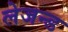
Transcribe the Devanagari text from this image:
लेजन्ड